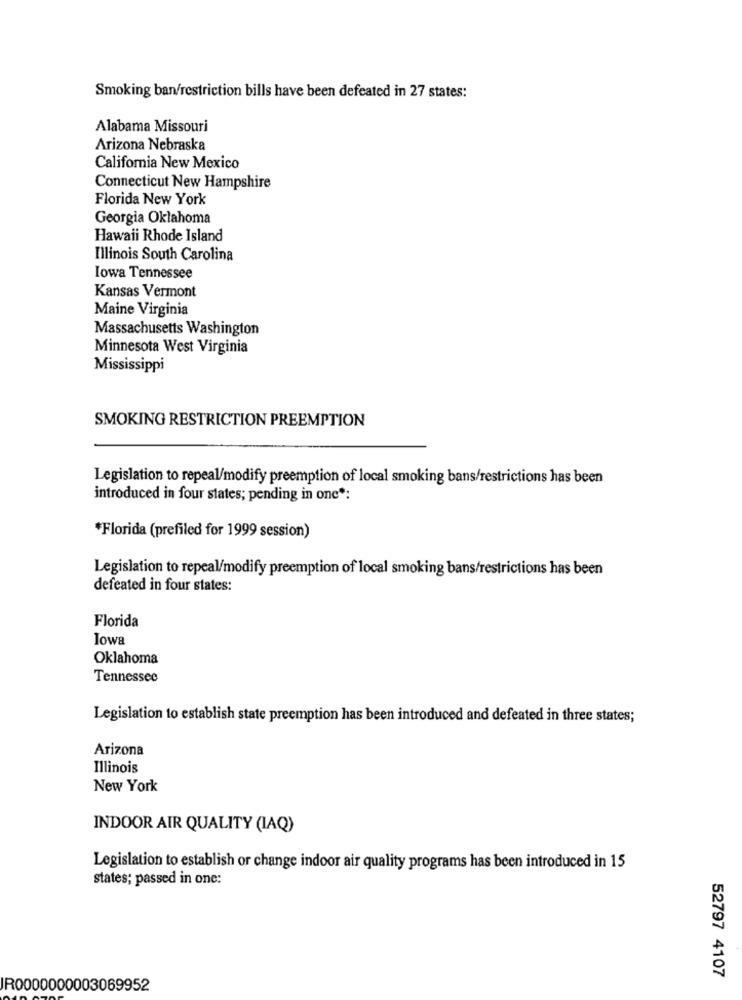
Smoking ban/restriction bills have been defeated in 27 states:
Alabama Missouri
Arizona Nebraska
California New Mexico
Connecticut New Hampshire
Florida New York
Georgia Oklahoma
Hawaii Rhode Island
Illinois South Carolina
Iowa Tennessee
Kansas Vermont
Maine Virginia
Massachusetts Washington
Minnesota West Virginia
Mississippi
SMOKING RESTRICTION PREEMPTION
Legislation to repeal/modify preemption of local smoking bans/restrictions has been
introduced in four states; pending in one *:
*Florida (prefiled for 1999 session)
Legislation to repeal/modify preemption of local smoking bans/restrictions has been
defeated in four states:
Florida
Iowa
Oklahoma
Tennessee
Legislation to establish state preemption has been introduced and defeated in three states;
Arizona
Illinois
New York
INDOOR AIR QUALITY (IAQ)
Legislation to establish or change indoor air quality programs has been introduced in 15
states; passed in one:
52797 4107
IR0000000003069952